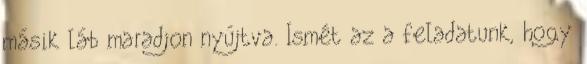
másik láb maradjon nyújtva. Ismét az a feladatunk, hogy